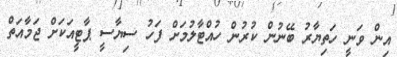
އިން ވަނީ ހަތިޔާރު ބޭނުން ކުރުން ހުއްޓާލުމަށް ފަހު ސިޔާސީ ޕާޓީއަކަށް ޖަމާއަތް